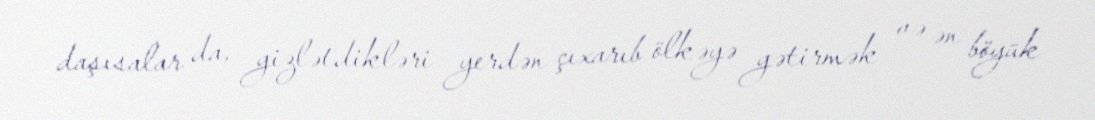
daşısalar da, gizlətdikləri yerdən çıxarıb ölkəyə gətirmək və ən böyük